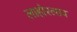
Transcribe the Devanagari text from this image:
लाहोरलाच